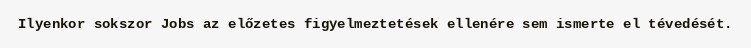
Ilyenkor sokszor Jobs az előzetes figyelmeztetések ellenére sem ismerte el tévedését.